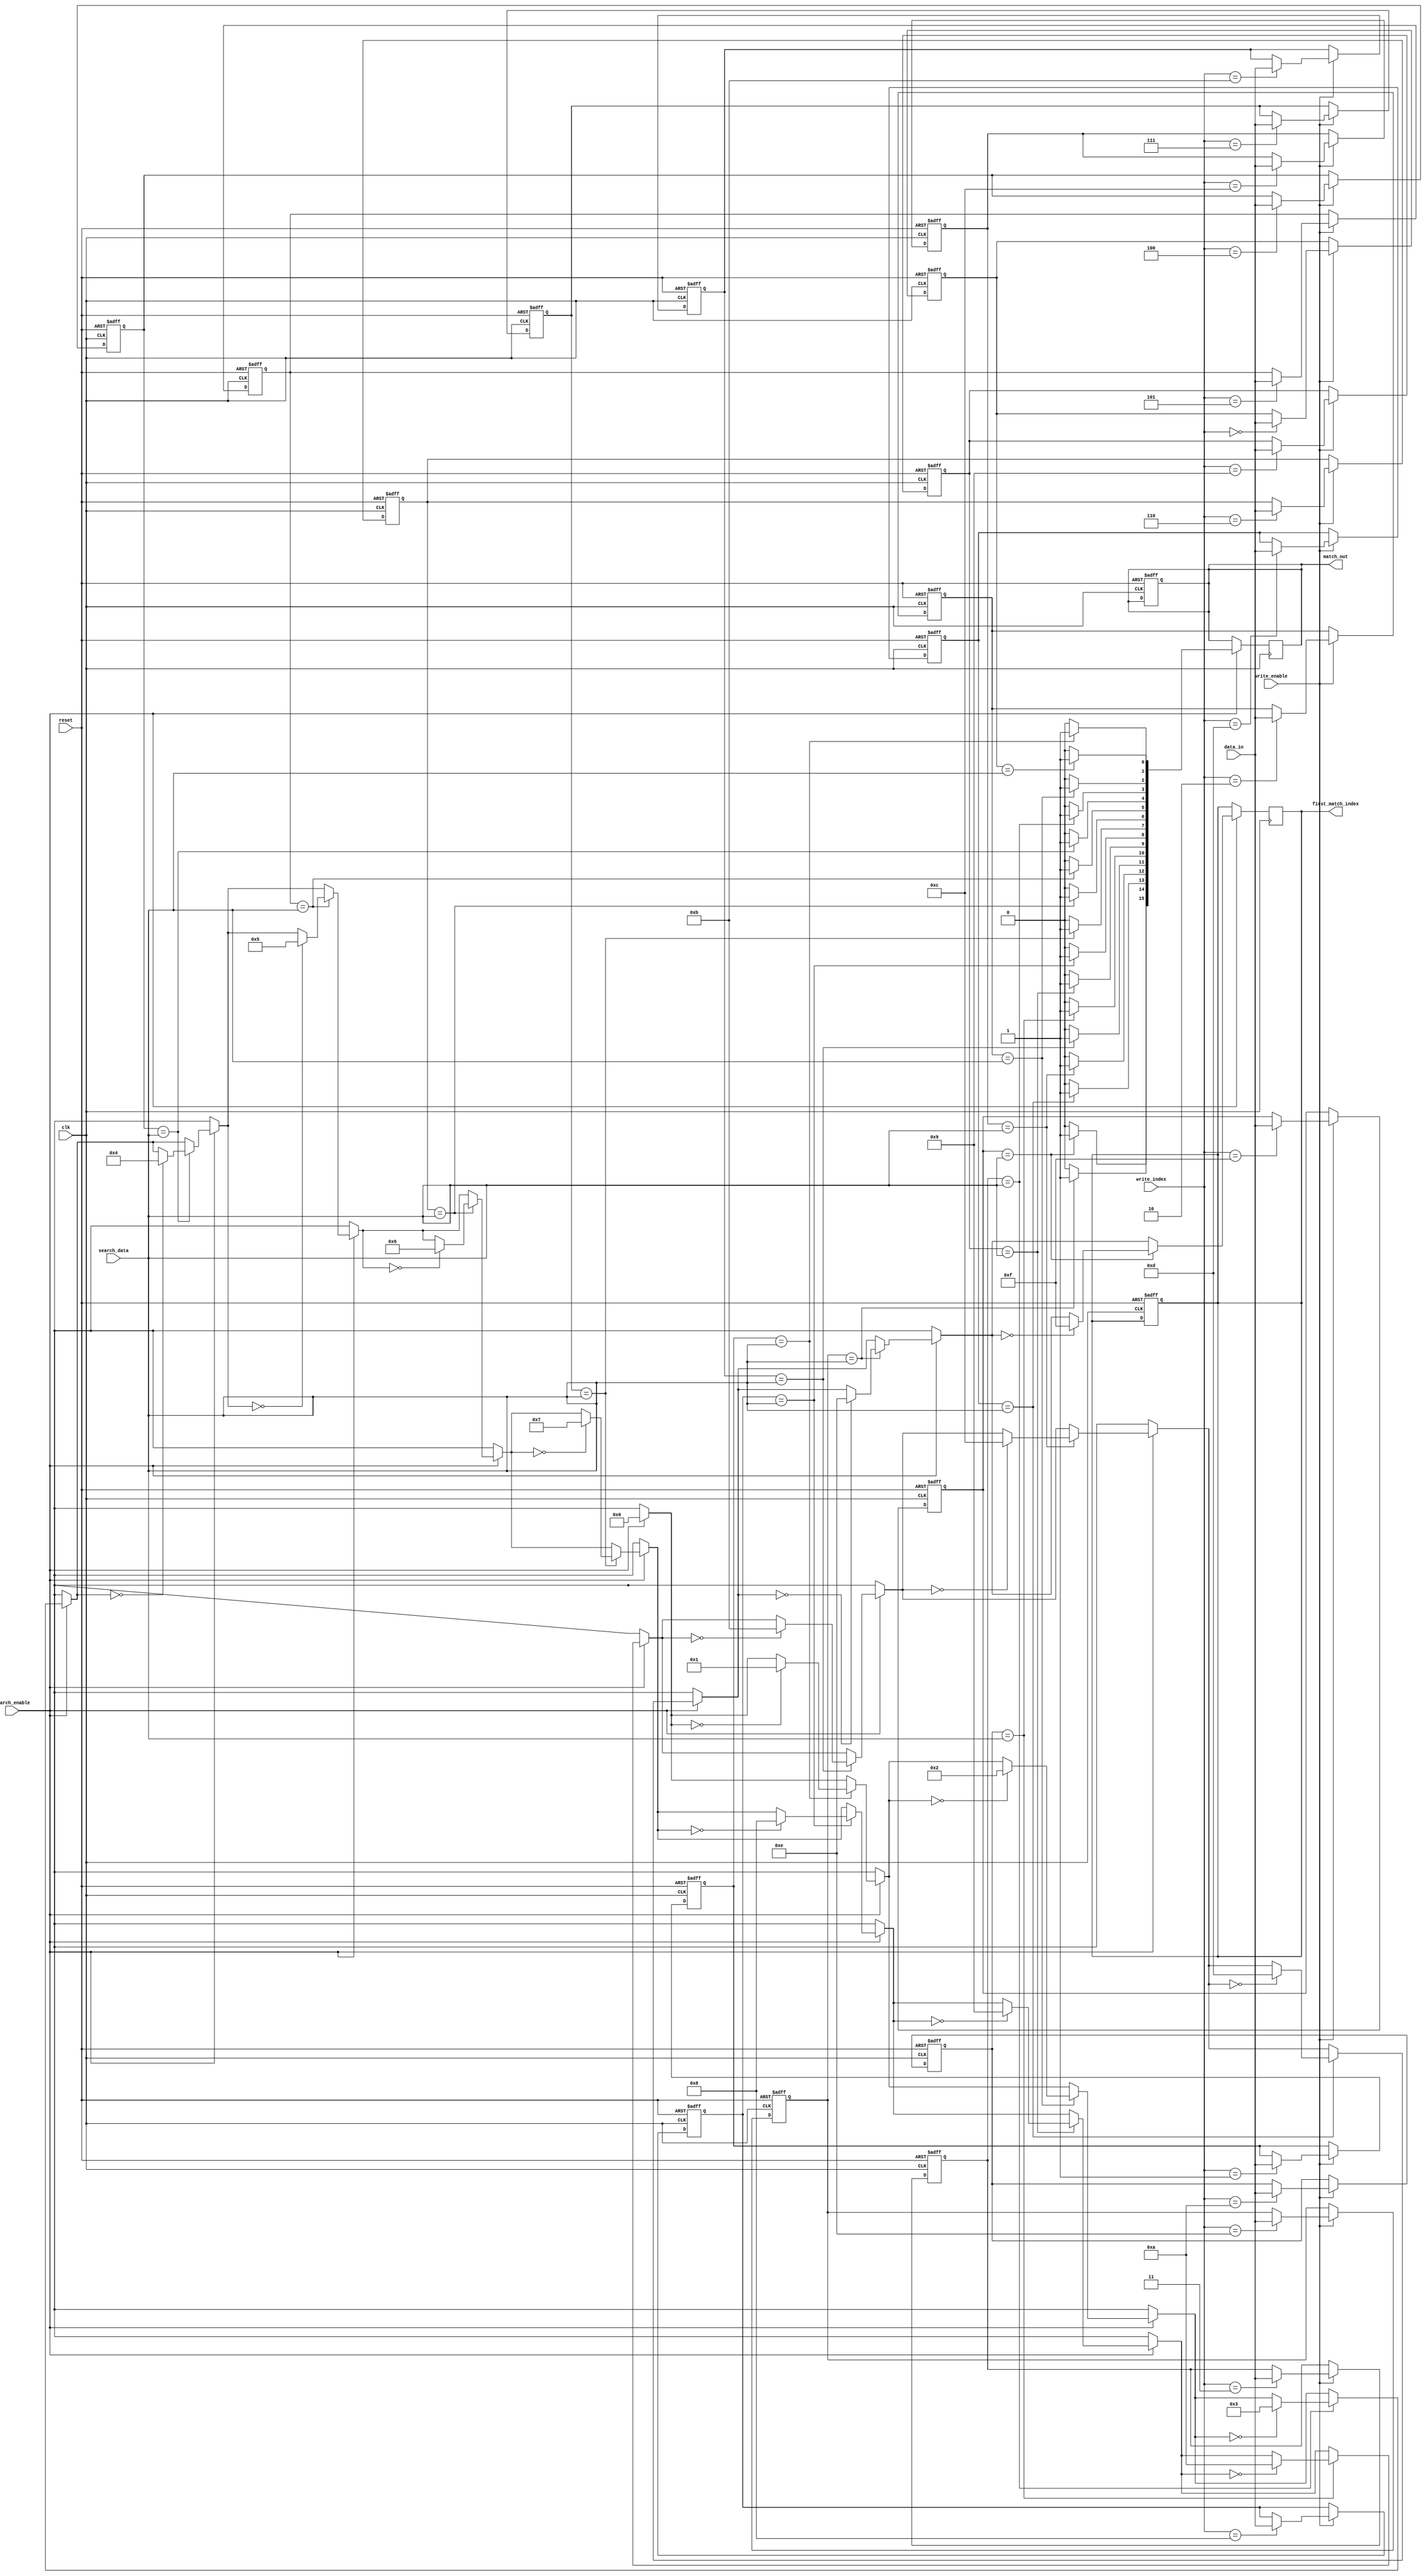
module row_based_cam #(
    parameter WORD_SIZE = 8,      // Configurable word size (in bits)
    parameter NUM_ENTRIES = 16     // Number of entries in the CAM
)(
    input wire clk,                // Clock signal
    input wire reset,              // Reset signal
    input wire search_enable,      // Search enable signal
    input wire write_enable,       // Write enable signal
    input wire [WORD_SIZE-1:0] data_in, // Data input for writing
    input wire [$clog2(NUM_ENTRIES)-1:0] write_index, // Index for writing
    input wire [WORD_SIZE-1:0] search_data, // Data input for searching
    output reg [NUM_ENTRIES-1:0] match_out, // Match output (one-hot encoding)
    output reg [$clog2(NUM_ENTRIES)-1:0] first_match_index // Index of first match
);

    // Memory array to hold CAM entries
    reg [WORD_SIZE-1:0] cam_memory [0:NUM_ENTRIES-1];

    // Internal signals
    reg [NUM_ENTRIES-1:0] match_temp;
    integer i;

    // Write operation
    always @(posedge clk or posedge reset) begin
        if (reset) begin
            // Clear all entries
            for (i = 0; i < NUM_ENTRIES; i = i + 1) begin
                cam_memory[i] <= {WORD_SIZE{1'b0}};
            end
            match_out <= {NUM_ENTRIES{1'b0}};
            first_match_index <= {($clog2(NUM_ENTRIES)){1'b0}};
        end else if (write_enable) begin
            // Write data to the specified index
            cam_memory[write_index] <= data_in;
        end
    end

    // Search operation
    always @(posedge clk) begin
        if (search_enable) begin
            match_temp = {NUM_ENTRIES{1'b0}}; // Clear match_temp
            first_match_index = {($clog2(NUM_ENTRIES)){1'b0}}; // Reset first match index

            // Compare input data with CAM entries
            for (i = 0; i < NUM_ENTRIES; i = i + 1) begin
                if (cam_memory[i] == search_data) begin
                    match_temp[i] = 1'b1; // Set match
                    if (first_match_index == {($clog2(NUM_ENTRIES)){1'b0}}) begin
                        first_match_index = i; // Set first match index
                    end
                end
            end

            match_out <= match_temp; // Update match output
        end
    end

endmodule